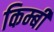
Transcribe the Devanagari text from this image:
किम्बी